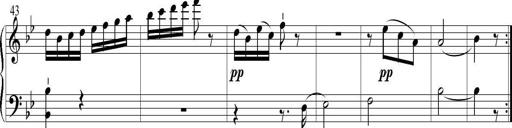
Title: 6 Leichte Sonatinen, Teil 1
Composer: F. Sigismund Sander